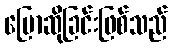
ပြောဆိုခြင်းဖြစ်သည်